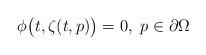
LaTeX: \begin{align*}\phi\big(t,\zeta(t,p)\big) = 0,\ p \in \partial \Omega\end{align*}